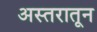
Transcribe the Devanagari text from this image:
अस्तरातून